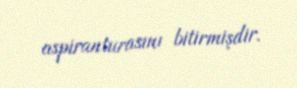
aspiranturasını bitirmişdir.